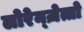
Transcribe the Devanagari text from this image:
लोरेन्ज़ेत्तो